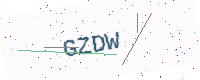
Text: GZDW